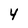
Character: 4